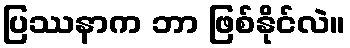
ပြဿနာက ဘာ ဖြစ်နိုင်လဲ။